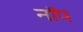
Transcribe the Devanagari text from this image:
नॉप